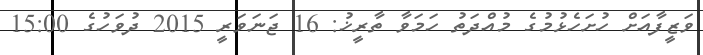
ވަޒީފާއަށް ހުށަހެޅުމުގެ މުއްދަތު ހަމަވާ ތާރީޚު: 16 ޖަނަވަރީ 2015 ދުވަހުގެ 15:00